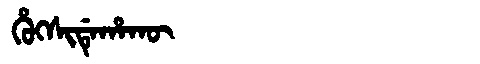
Manchu: ᡥᡠᡴᠰᡳᡩᡝᡥᠠᡴᡡ
Romanization: HUKSIDEHAKŪ